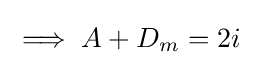
\implies A+D_{m}=2i